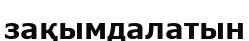
зақымдалатын